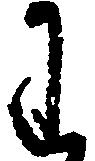
わ